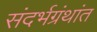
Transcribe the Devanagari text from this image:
संदर्भग्रंथांत